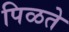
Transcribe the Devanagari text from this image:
पिळते